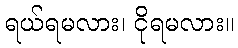
ရယ်ရမလား၊ ငိုရမလား။